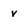
Character: v